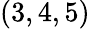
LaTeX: \left(3,4,5\right)